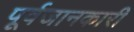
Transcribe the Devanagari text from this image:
पूर्वजानकारी